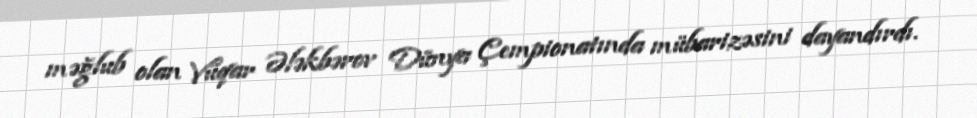
məğlub olan Vüqar Ələkbərov Dünya Çempionatında mübarizəsini dayandırdı.